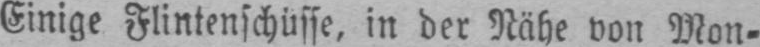
Einige Flintenschüsse, in der Nähe von Mon⸗